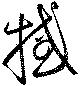
撼